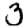
Digit: 3